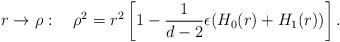
LaTeX: \begin{align*}r\rightarrow\rho:\quad \rho^2=r^2\left[1-\frac{1}{d-2}\epsilon(H_0(r)+H_1(r))\right].\end{align*}